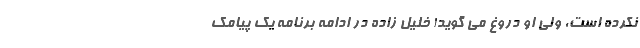
نکرده است، ولی او دروغ می گوید! خلیل زاده در ادامه برنامه یک پیامک